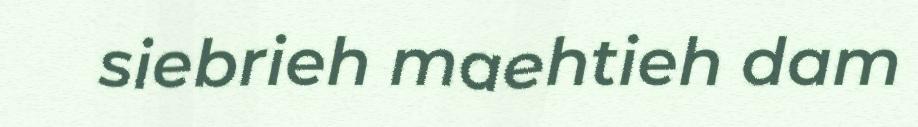
siebrieh maehtieh dam